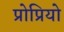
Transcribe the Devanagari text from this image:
प्रोप्रियो